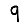
Digit: 9